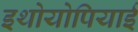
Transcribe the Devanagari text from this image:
इथोयोपियाई